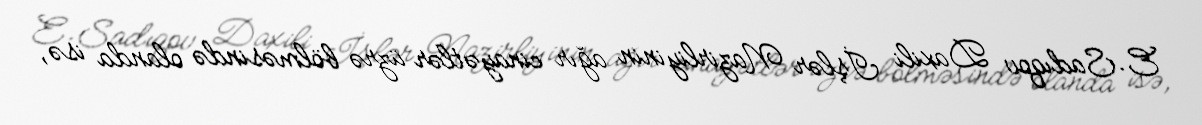
E.Sadıqov Daxili İşlər Nazirliyinin ağır cinayətlər üzrə bölməsində olanda isə,